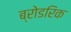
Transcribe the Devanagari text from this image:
ब्रोडरिक